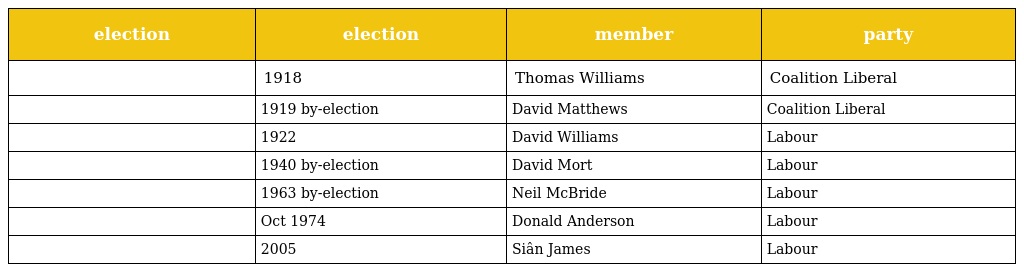
| election | election | member | party |
 | --- | --- | --- | --- |
 |  | 1918 | Thomas Williams | Coalition Liberal |
 |  | 1919 by-election | David Matthews | Coalition Liberal |
 |  | 1922 | David Williams | Labour |
 |  | 1940 by-election | David Mort | Labour |
 |  | 1963 by-election | Neil McBride | Labour |
 |  | Oct 1974 | Donald Anderson | Labour |
 |  | 2005 | Siân James | Labour |